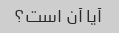
آیا آن است؟